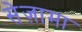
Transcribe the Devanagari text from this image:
सेज़ामा